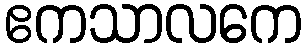
ဧကသာလကေ